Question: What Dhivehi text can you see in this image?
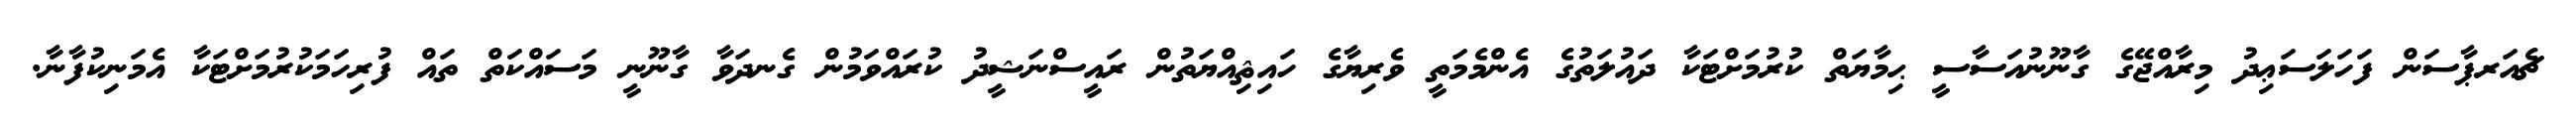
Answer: ޗެއަރޕާސަން ފަހަލަސަޢިދު މިރާއްޖޭގެ ގާނޫނުއަސާސީ ޙިމާޔަތް ކުރުމަށްޓަކާ ދައުލަތުގެ އެންމެމަތީ ވެރިޔާގެ ހައިޘިއްޔަތުން ރައީސްނަޝީދު ކުރައްވަމުން ގެނދަވާ ގާނޫނީ މަސައްކަތް ތައް ފުރިހަމަކުރުމަށްޓަކާ އެމަނިކުފާނާ.